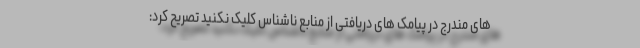
های مندرج در پیامک های دریافتی از منابع ناشناس کلیک نکنید تصریح کرد: